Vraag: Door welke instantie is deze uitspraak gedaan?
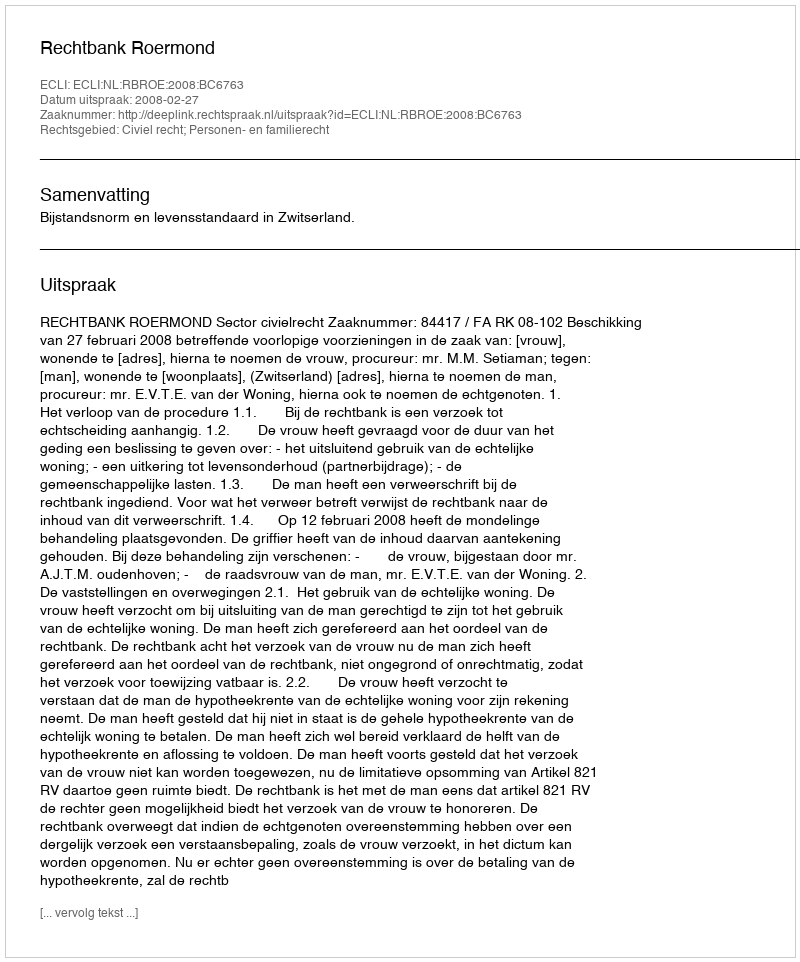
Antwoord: Rechtbank Roermond